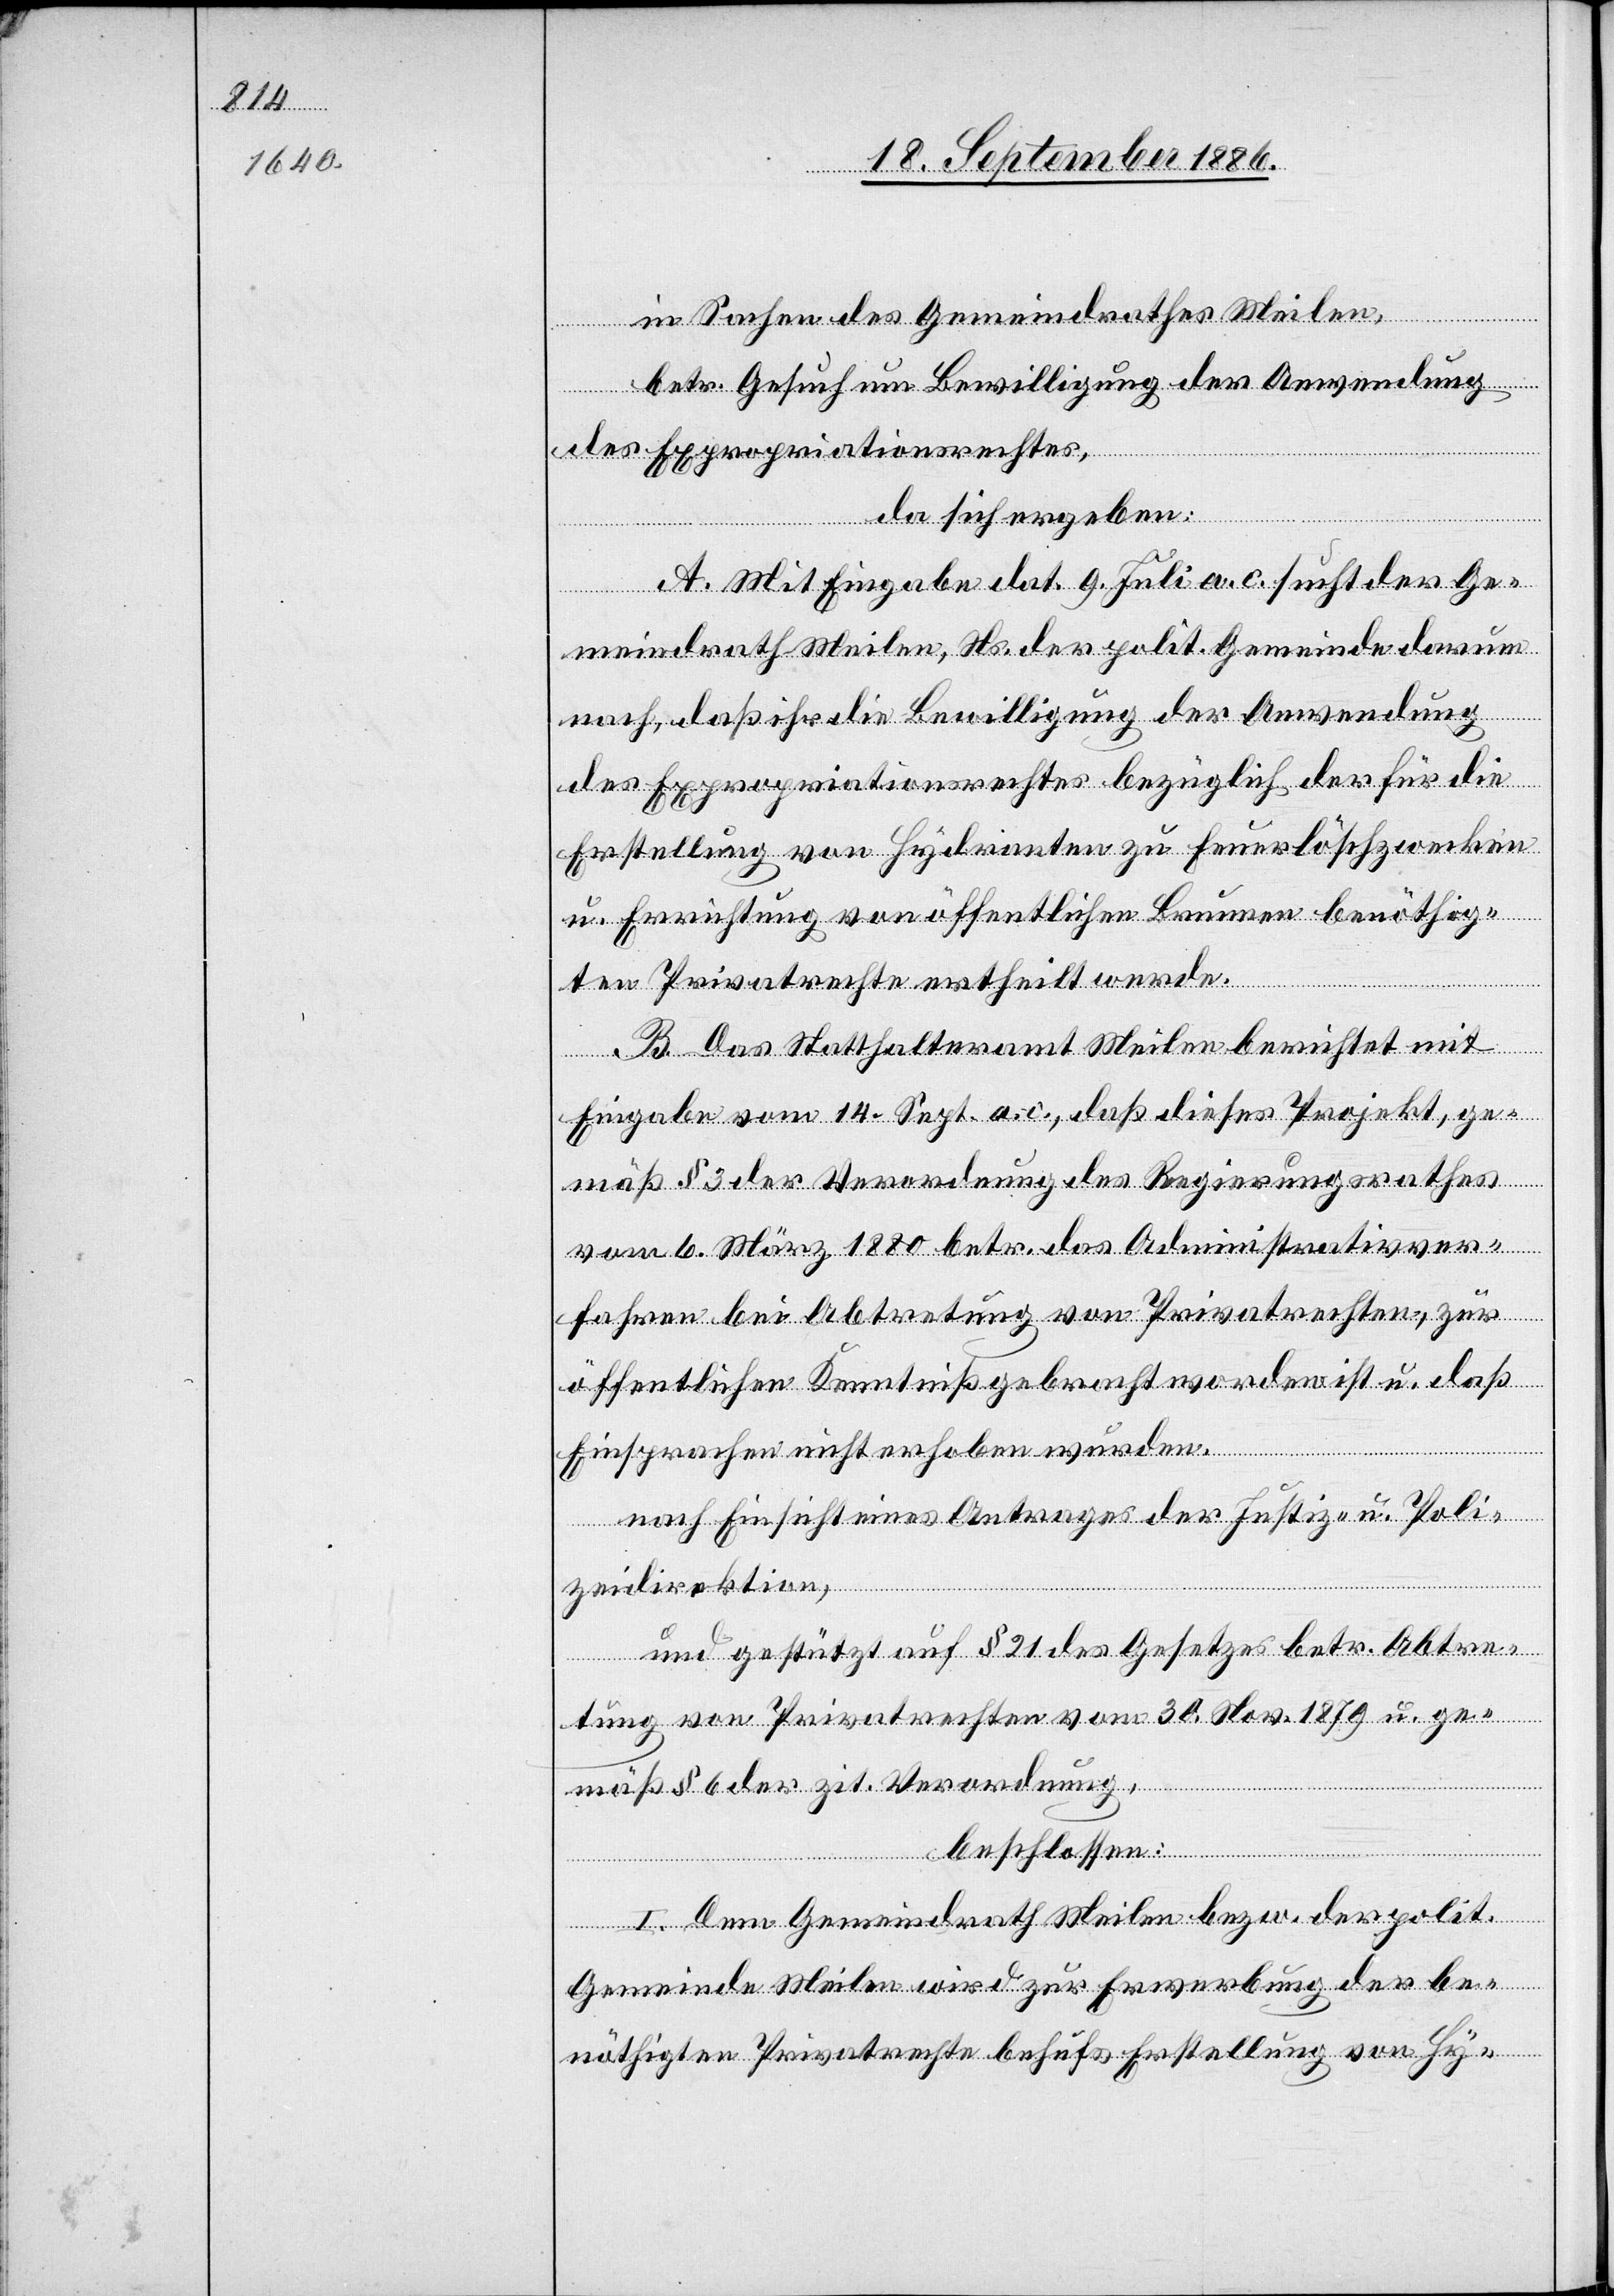
in Sachen des Gemeindrathes Meilen,
betr. Gesuch um Bewilligung der Anwendung
des Expropriationsrechtes,
da sich ergeben:
A. Mit Eingabe dat. 9. Juli a. c. sucht der Ge¬
meindrath Meilen, Ns. der polit. Gemeinde darum
nach, daß ihr die Bewilligung der Anwendung
des Expropriationsrechtes bezüglich der für die
Erstellung von Hydranten zu Feuerlöschzwecken
u. Errichtung von öffentlichen Brunnen benöthig¬
ten Privatrechte ertheilt werde.
B. Das Statthalteramt Meilen berichtet mit
Eingabe vom 14. Sept. a. c., daß dieses Projekt, ge¬
mäß § 3 der Verordnung des Regierungsrathes
vom 6. März 1880 betr. das Administrativver¬
fahren bei Abtretung von Privatrechten, zur
öffentlichen Kenntniß gebracht worden ist u. daß
Einsprachen nicht erhoben wurden.
nach Einsicht eines Antrages der Justiz- & Poli¬
zeidirektion,
und gestützt auf § 21 des Gesetzes betr. Abtre¬
tung von Privatrechten vom 30. Nov. 1879 u. ge¬
mäß § 6 der zit. Verordnung,
beschlossen:
I. Dem Gemeindrath Meilen bezw. der polit.
Gemeinde Meilen wird zur Erwerbung der be¬
nöthigten Privatrechte behufs Erstellung von Hy-